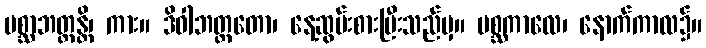
ပစ္ဆာဘတ္တန္တိ၊ ကား။ ဒိဝါဘတ္တတော၊ နေ့ဆွမ်းစားပြီးသည်မှ။ ပစ္ဆကာလေ၊ နောက်ကာလ၌။